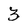
Character: 3